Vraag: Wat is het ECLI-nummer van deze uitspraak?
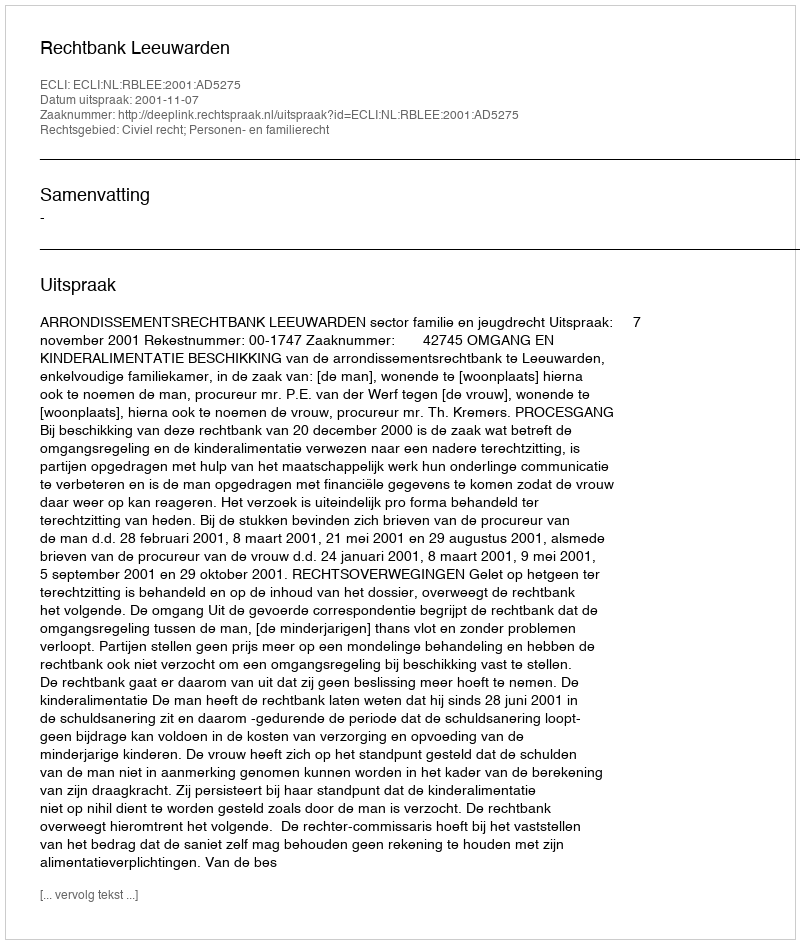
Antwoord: ECLI:NL:RBLEE:2001:AD5275